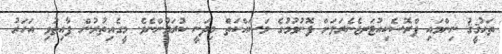
ތަޙުޤީޤު ނިންމައި ޕްރޮސެކިއުޓަރޖެނެރަލަށް ފޮނުވުމުގެ މަސައްކަތް މިދަނީ ކުރަމުންނެވެ. މީގެއިތުރުން ފާއިތުވި އަހަރު